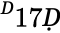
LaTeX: ^Ḋ17Ḍ